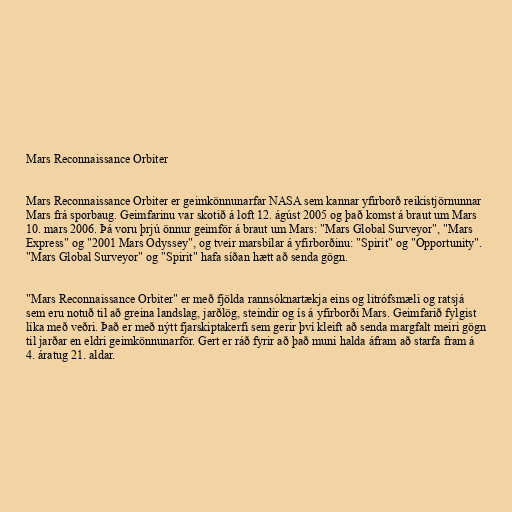
Mars Reconnaissance Orbiter

Mars Reconnaissance Orbiter er geimkönnunarfar NASA sem kannar yfirborð reikistjörnunnar
Mars frá sporbaug. Geimfarinu var skotið á loft 12. ágúst 2005 og það komst á braut um Mars
10. mars 2006. Þá voru þrjú önnur geimför á braut um Mars: "Mars Global Surveyor", "Mars
Express" og "2001 Mars Odyssey", og tveir marsbílar á yfirborðinu: "Spirit" og "Opportunity".
"Mars Global Surveyor" og "Spirit" hafa síðan hætt að senda gögn.

"Mars Reconnaissance Orbiter" er með fjölda rannsóknartækja eins og litrófsmæli og ratsjá
sem eru notuð til að greina landslag, jarðlög, steindir og ís á yfirborði Mars. Geimfarið fylgist
líka með veðri. Það er með nýtt fjarskiptakerfi sem gerir því kleift að senda margfalt meiri gögn
til jarðar en eldri geimkönnunarför. Gert er ráð fyrir að það muni halda áfram að starfa fram á
4. áratug 21. aldar.